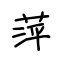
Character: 萍